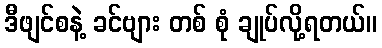
ဒီဖျင်စနဲ့ ခင်ဗျား တစ် စုံ ချုပ်လို့ရတယ်။